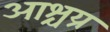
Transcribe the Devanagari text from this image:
आश्चय्र